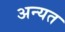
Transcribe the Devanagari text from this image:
अन्यत